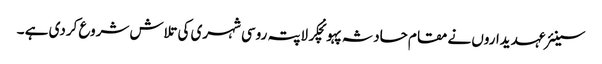
سینئر عہدیداروں نے مقام حادثہ پہونچکر لاپتہ روسی شہری کی تلاش شروع کردی ہے ۔